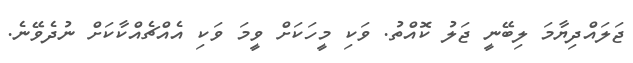
ޖަލައްދިޔާމަ ލިބޭނީ ޖަލު ކޮއްތު. ވަކި މީހަކަށް ވީމަ ވަކި އެއްޗެއްކާކަށް ނުދެވޭނެ.